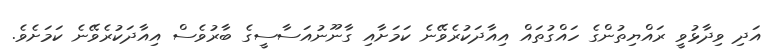
އަދި ވިދާޅުވީ ރައްޔިތުންގެ ހައްގުތައް އިއާދަކުރެވޭނެ ކަމަށާއި ގާނޫނުއަސާސީގެ ބާރުވެސް އިއާދަކުރެވޭނެ ކަމަށެވެ.